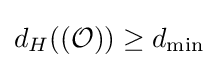
{d_{H}}(({\mathcal {O}}))\geq {d_{\min }}